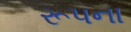
રૂપના